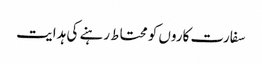
سفارت کاروں کو محتاط رہنے کی ہدایت